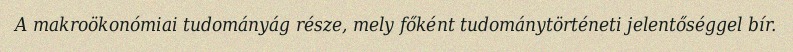
A makroökonómiai tudományág része, mely főként tudománytörténeti jelentőséggel bír.